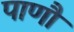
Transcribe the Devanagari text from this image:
पाणौ